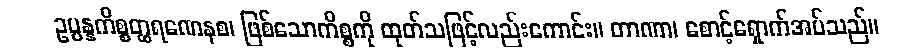
ဥပ္ပန္နကိစ္စတ္ထရဏေနစ၊ ဖြစ်သောကိစ္စကို ထုတ်သဖြင့်လည်းကောင်း။ တာဏာ၊ စောင့်ရှောက်အပ်သည်။